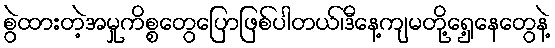
စွဲထားတဲ့အမှုကိစ္စတွေပြောဖြစ်ပါတယ်၊ဒီနေ့ကျမတို့ရှေ့နေတွေနဲ့